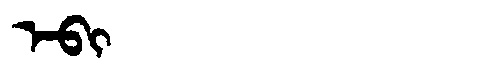
Manchu: ᡝᠪᡳ
Romanization: EBI